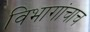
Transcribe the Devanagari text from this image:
विभागांचाच